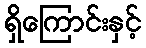
ရှိကြောင်းနှင့်